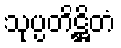
သုပ္ပတိဋ္ဌိတံ